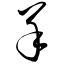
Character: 羊